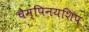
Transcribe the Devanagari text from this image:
चैम्पिनयशिप